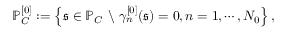
\mathbb { P } _ { C } ^ { [ 0 ] } : = \left\{ \mathfrak { s } \in \mathbb { P } _ { C } \ \backslash \ \gamma _ { n } ^ { [ 0 ] } ( \mathfrak { s } ) = 0 , n = 1 , \cdots , N _ { 0 } \right\} ,